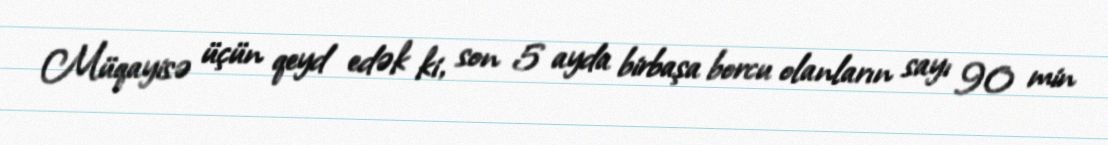
Müqayisə üçün qeyd edək ki, son 5 ayda birbaşa borcu olanların sayı 90 min